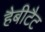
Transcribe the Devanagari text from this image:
हैबीटैट